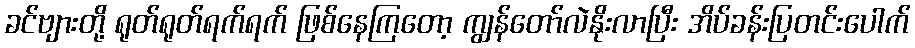
ခင်ဗျားတို့ ရုတ်ရုတ်ရက်ရက် ဖြစ်နေကြတော့ ကျွန်တော်လဲနိုးလာပြီး အိပ်ခန်းပြတင်းပေါက်